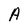
Character: A